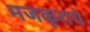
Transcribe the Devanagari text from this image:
मजकूराचे